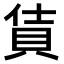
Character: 𫎔